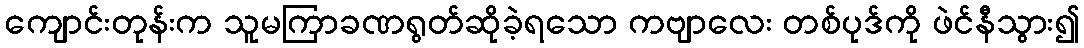
ကျောင်းတုန်းက သူမကြာခဏရွတ်ဆိုခဲ့ရသော ကဗျာလေး တစ်ပုဒ်ကို ဖဲင်နီသွား၍